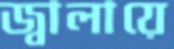
জ্বালায়ে